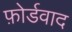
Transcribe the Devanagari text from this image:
फ़ोर्डवाद